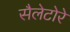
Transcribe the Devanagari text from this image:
सैलेटोरे